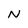
Character: N